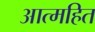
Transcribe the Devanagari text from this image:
आत्महित